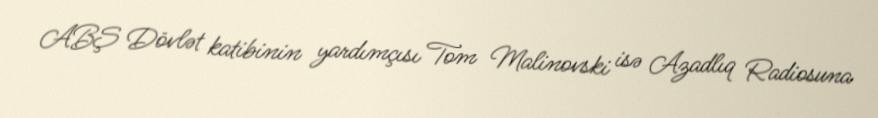
ABŞ Dövlət katibinin yardımçısı Tom Malinovski isə Azadlıq Radiosuna